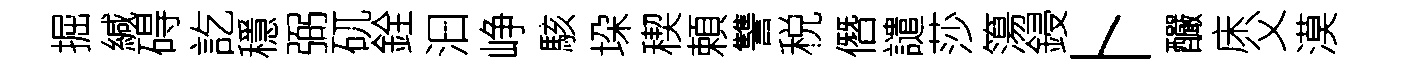
掘緘碍訖穩弼矹銓汩峥駭垜稧頼讐税僭譴莎簜鋟卜釅床父漠